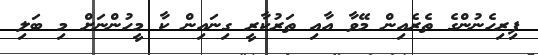
ފިރިހެނުންގެ ތެރެއިން މޭވާ އާއި ތަރުކާރީ ގިނައިން ކާ މީހުންނަށް މި ބަލި